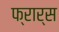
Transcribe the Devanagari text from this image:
फ्रार्स